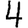
Digit: 4